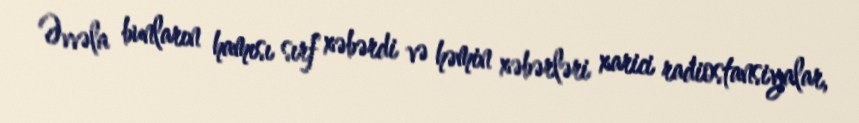
Əvvəla bunların hamısı sırf xəbərdi və həmin xəbərləri xarici radiostansiyalar,